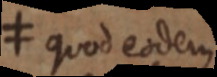
≠ quod eodem